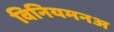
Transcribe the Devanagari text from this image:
विनियमनअ